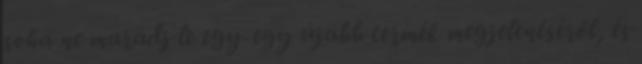
soha ne maradj le egy-egy újabb termék megjelenéséről, és